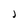
Character: J